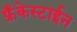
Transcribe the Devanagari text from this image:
फ्रँकेस्टाईन